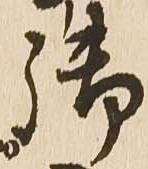
御